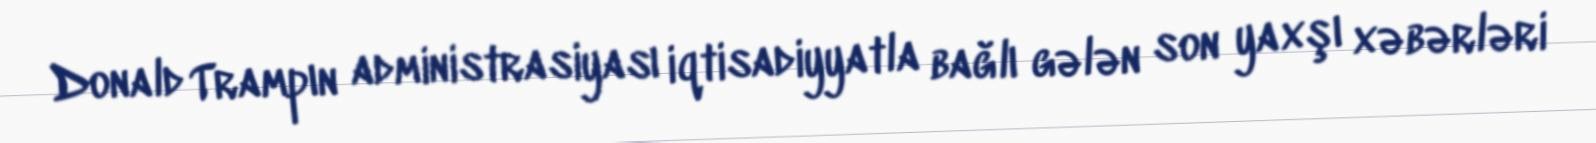
Donald Trampın administrasiyası iqtisadiyyatla bağlı gələn son yaxşı xəbərləri